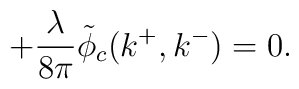
+ {\lambda \over 8 \pi} \tilde{\phi}_c(k^+,k^-) = 0.